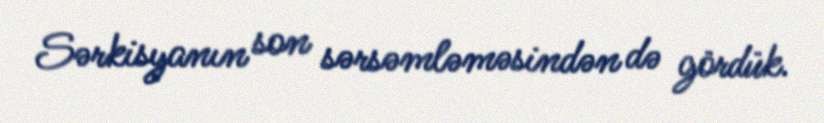
Sərkisyanın son sərsəmləməsindən də gördük.